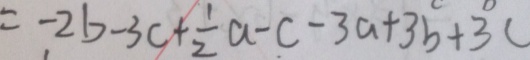
= - 2 b - 3 c + \frac { 1 } { 2 } a - c - 3 a + 3 b + 3 c